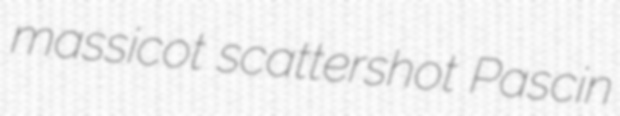
massicot scattershot Pascin